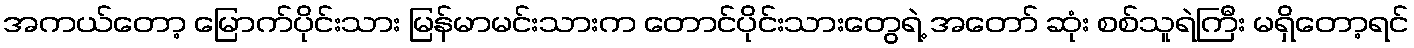
အကယ်တော့ မြောက်ပိုင်းသား မြန်မာမင်းသားက တောင်ပိုင်းသားတွေရဲ့ အတော် ဆုံး စစ်သူရဲကြီး မရှိတော့ရင်